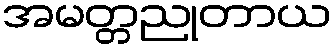
အမတ္တညုတာယ